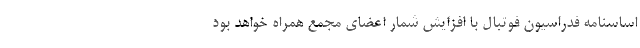
اساسنامه فدراسیون فوتبال با افزایش شمار اعضای مجمع همراه خواهد بود